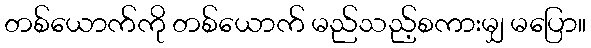
တစ်ယောက်ကို တစ်ယောက် မည်သည့်စကားမျှ မပြော။